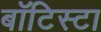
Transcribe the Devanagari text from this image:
बाॅटिस्टा